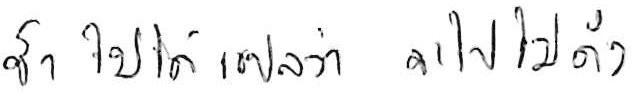
ช้า ไม่ได้แปลว่า จะไปไม่ถึง